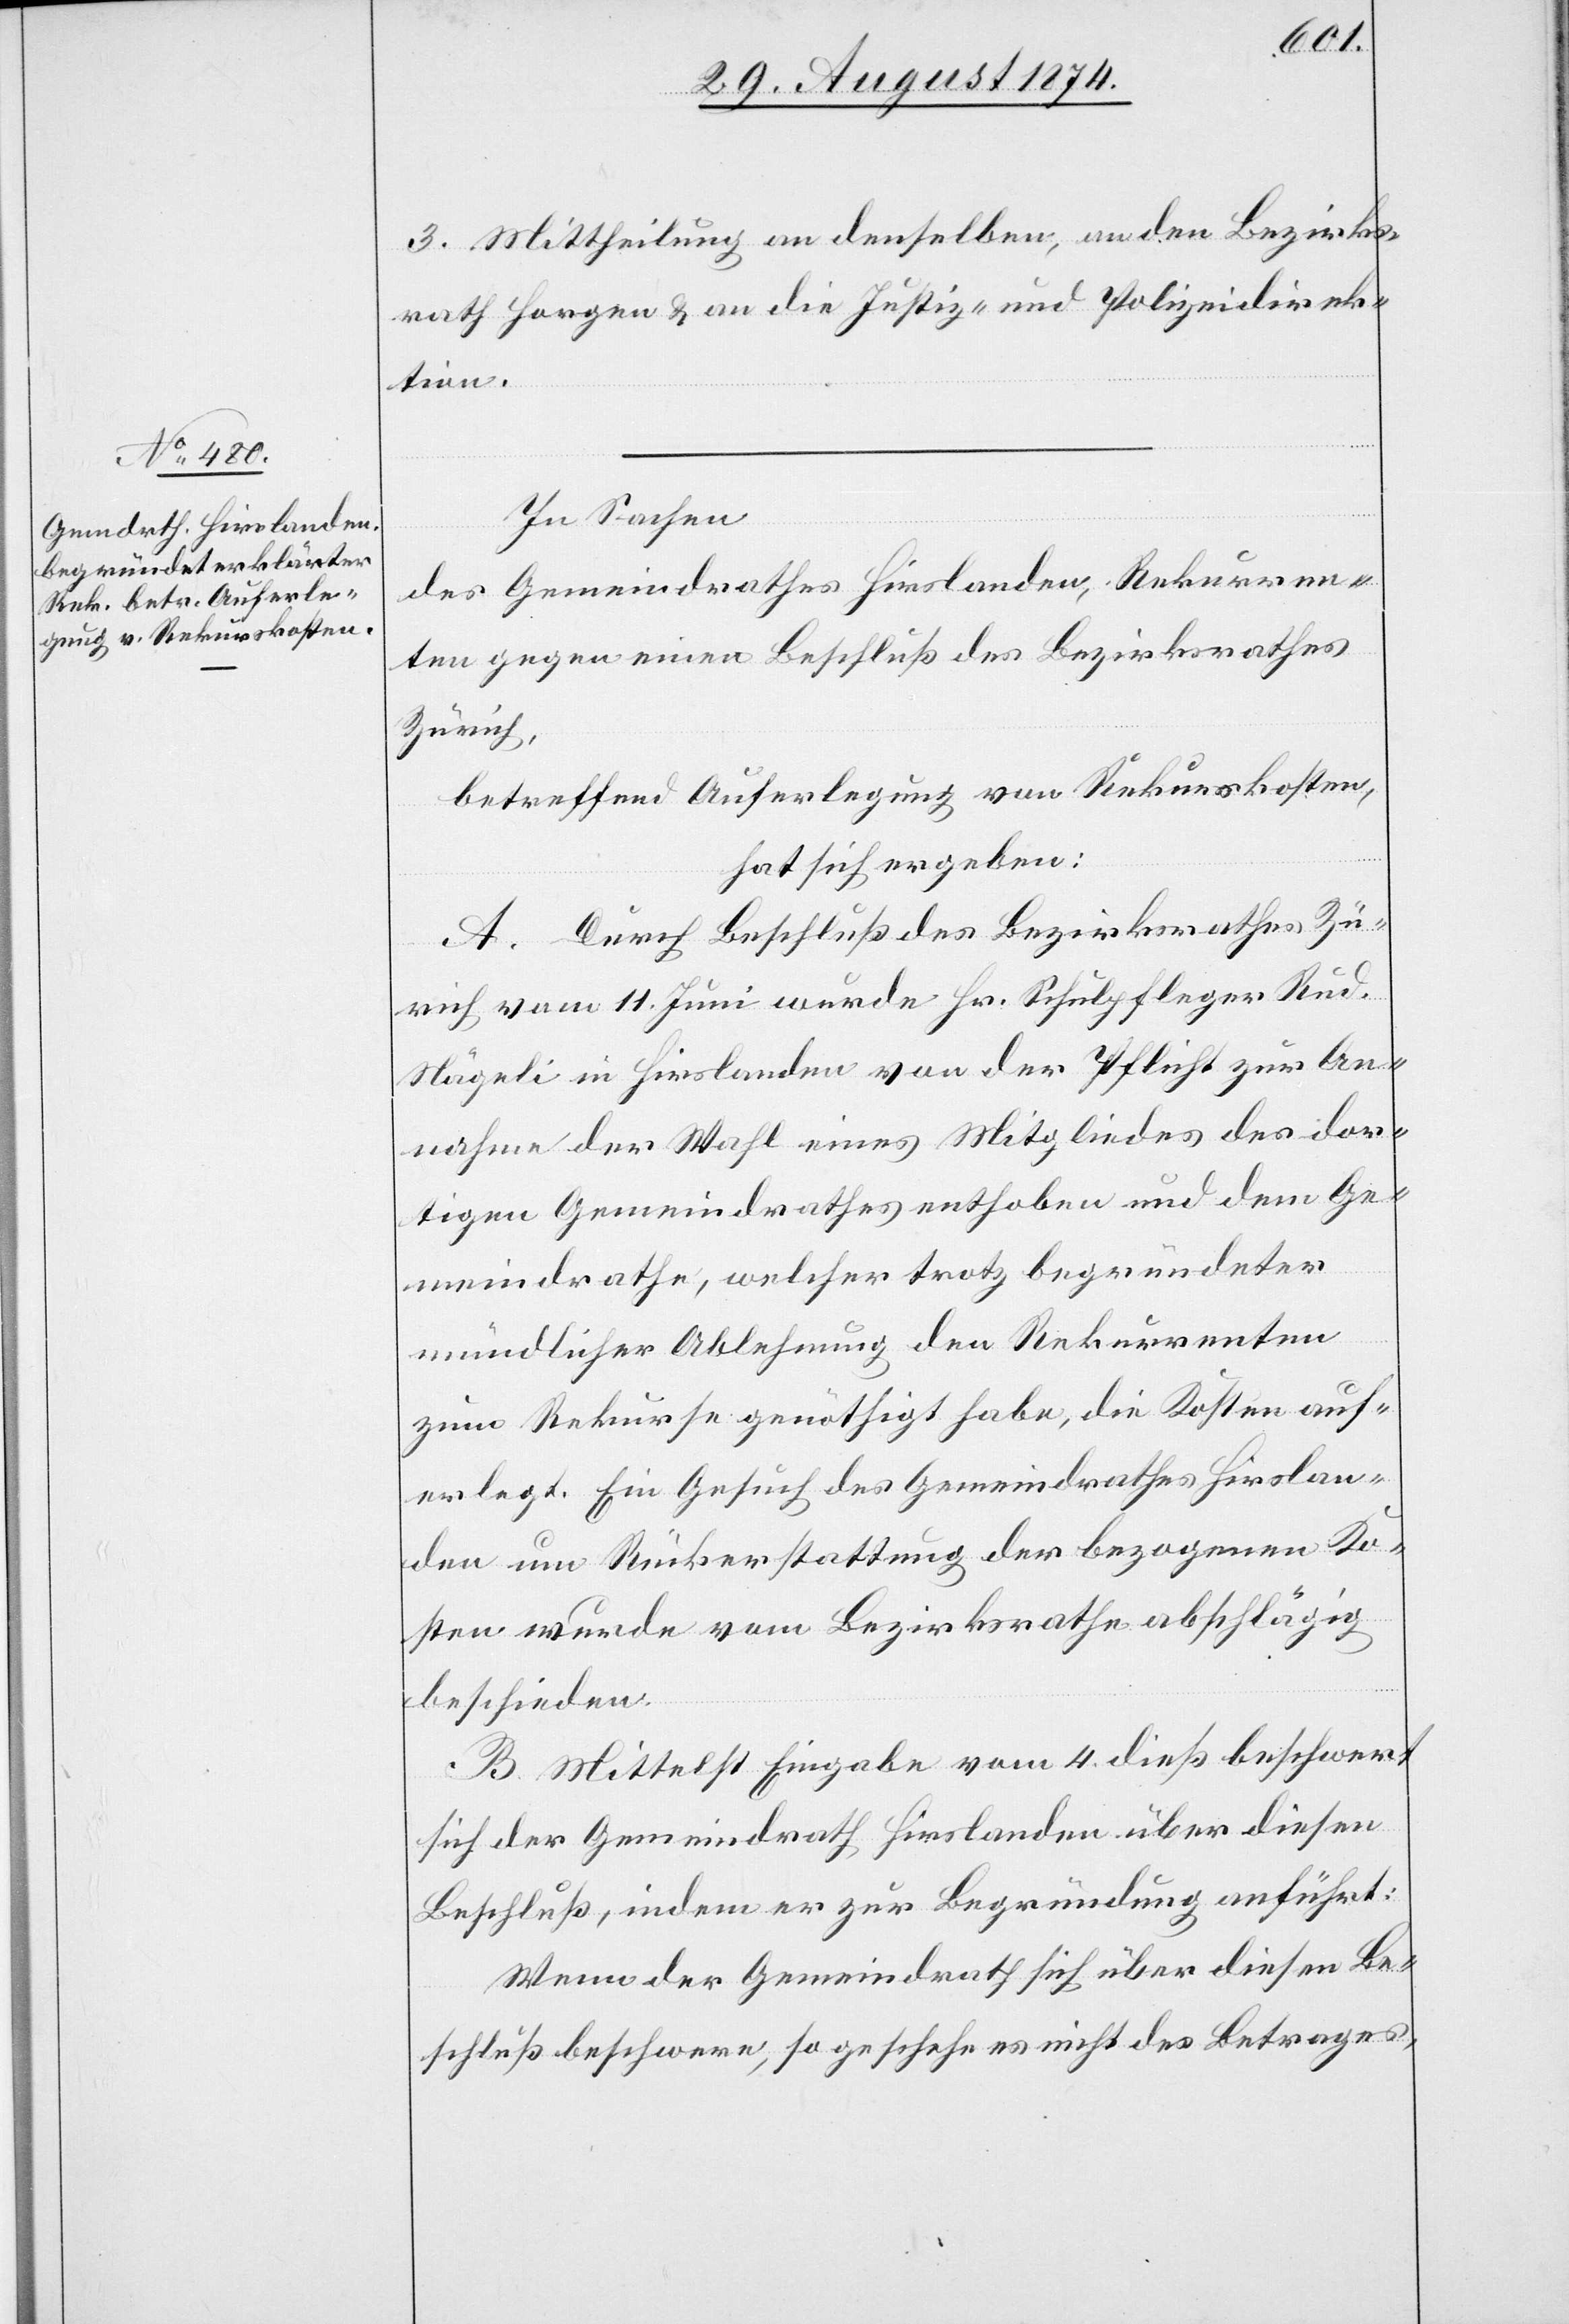
In Sachen
des Gemeindrathes Hirslanden, Rekurren¬
ten gegen einen Beschluß des Bezirksrathes
Zürich,
betreffend Auferlegung von Rekurskosten,
hat sich ergeben:
A. Durch Beschluß des Bezirksrath Zü¬
rich vom 11. Juni wurde Hr. Schulpfleger Rud.
Nägeli in Hirslanden von der Pflicht zur An¬
nahme der Wahl eines Mitgliedes des dor¬
tigen Gemeindrathes enthoben und dem Ge¬
meindrathe, welcher trotz begründeter
mündlicher Ablehnung den Rekurrenten
zum Rekurse genöthigt habe, die Kosten auf¬
erlegt. Ein Gesuch des Gemeindrathes Hirslan¬
den um Rückerstattung der bezogenen Ko¬
sten wurde vom Bezirksrathe abschlägig
beschieden.
B. Mittelst Eingabe vom 4. dieß beschwert
sich der Gemeindrath Hirslanden über diesen
Beschluß, indem er zur Begründung anführt:
Wenn der Gemeindrath sich über diesen Be¬
schluß beschwere, so geschehe es nicht des Betrages,